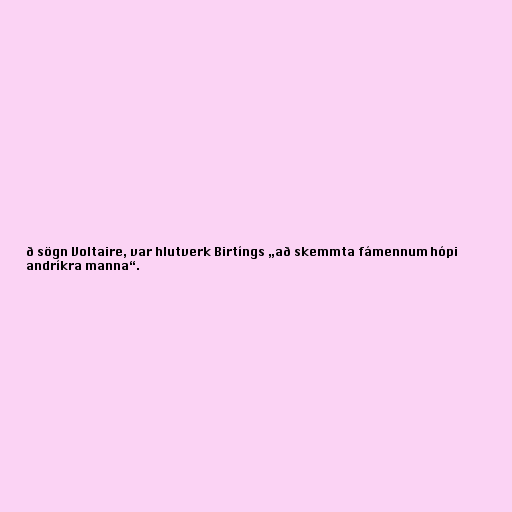
ð sögn Voltaire, var hlutverk Birtíngs „að skemmta fámennum hópi
andríkra manna“.